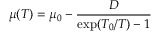
\mu ( T ) = \mu _ { 0 } - { \frac { D } { \exp ( T _ { 0 } / T ) - 1 } }